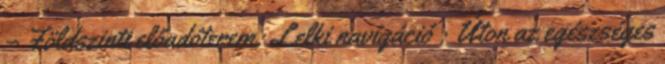
– Földszinti előadóterem: Lelki navigáció : Úton az egészséges